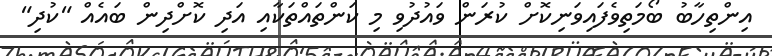
އިންތިހާބު ބޯމަތިވެފައިވަނިކޮށް ކުރަން ވައުދުވި މި ކަންތައްތަކާއި އަދި ކޮށްދިން ބައެއް "ކުދި"